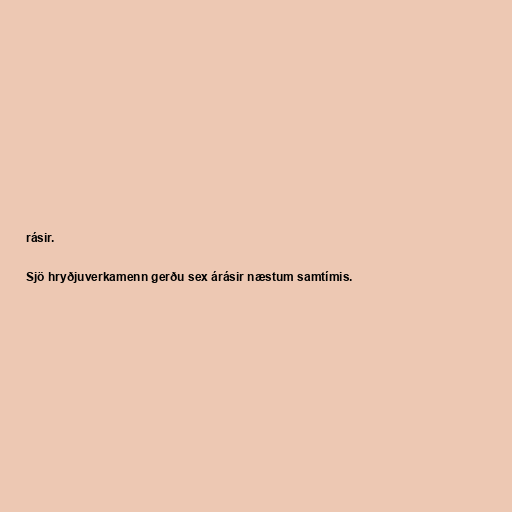
rásir.

Sjö hryðjuverkamenn gerðu sex árásir næstum samtímis.